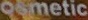
osmetic